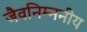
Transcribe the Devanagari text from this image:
जैवनिम्ननीय